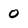
Character: 0